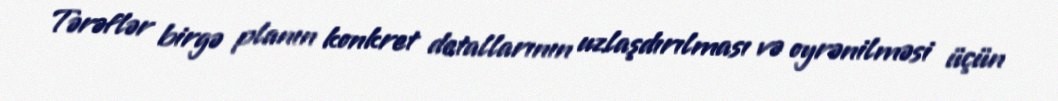
Tərəflər birgə planın konkret detallarının uzlaşdırılması və oyrənilməsi üçün